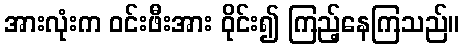
အားလုံးက ဝင်းဖီးအား ဝိုင်း၍ ကြည့်နေကြသည်။